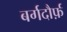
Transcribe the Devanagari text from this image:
बर्गदौर्फ़